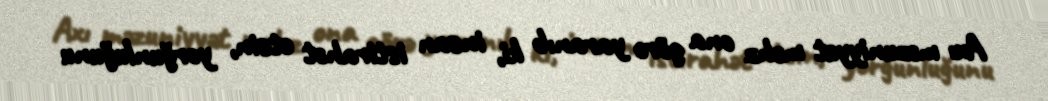
Axı məzuniyyət məhz ona görə yaranıb ki, insan istirahət etsin, yorğunluğunu